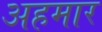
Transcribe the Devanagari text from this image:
अहमार